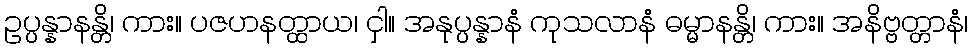
ဥပ္ပန္နာနန္တိ၊ ကား။ ပဇဟနတ္ထာယ၊ ငှါ။ အနုပ္ပန္နာနံ ကုသလာနံ ဓမ္မာနန္တိ၊ ကား။ အနိဗ္ဗတ္တာနံ၊